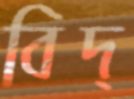
বিদ্